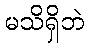
မသိရှိဘဲ